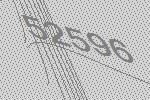
52596